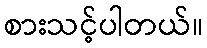
စားသင့်ပါတယ်။